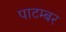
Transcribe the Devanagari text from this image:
पाटम्बर